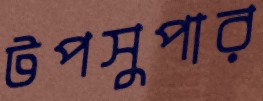
টপসুপার